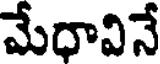
మేధావినే